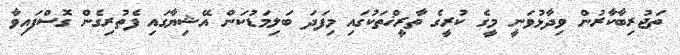
ތަޖުރިބާކާރުން ވިދާޅުވަނީ މީގެ ކުރީގެ ތާރީޚްތަކުގައި މިފަދަ ބަލިމަޑުކަން އޭޝިޔާގައި ފެތުރިގެން ގޮސްފައިވާ